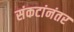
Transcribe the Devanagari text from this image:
संकटांनंतर